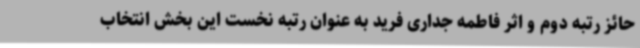
حائز رتبه دوم و اثر فاطمه جداری فرید به عنوان رتبه نخست این بخش انتخاب